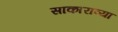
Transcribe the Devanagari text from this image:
साकाराव्या